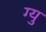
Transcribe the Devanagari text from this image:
ग्यु